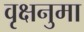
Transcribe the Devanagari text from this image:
वृक्षनुमा